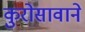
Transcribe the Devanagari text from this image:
कुरोसावाने